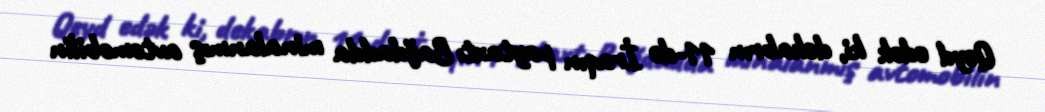
Qeyd edək ki, dekabrın 11-də İraqın paytaxtı Bağdadda minalanmış avtomobilin